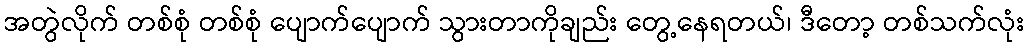
အတွဲလိုက် တစ်စုံ တစ်စုံ ပျောက်ပျောက် သွားတာကိုချည်း တွေ့နေရတယ်၊ ဒီတော့ တစ်သက်လုံး